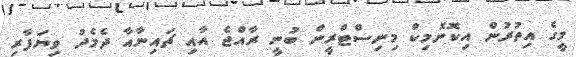
މީގެ އިތުރުން އިކޮނޮމިކް މިނިސްޓްރީން ބުނީ ރާއްޖެ އާއި ޗައިނާއާ ދެމެދު ވިޔަފާރި